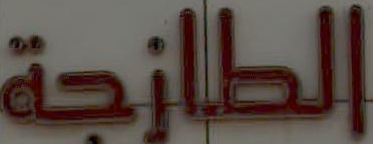
الطازجة